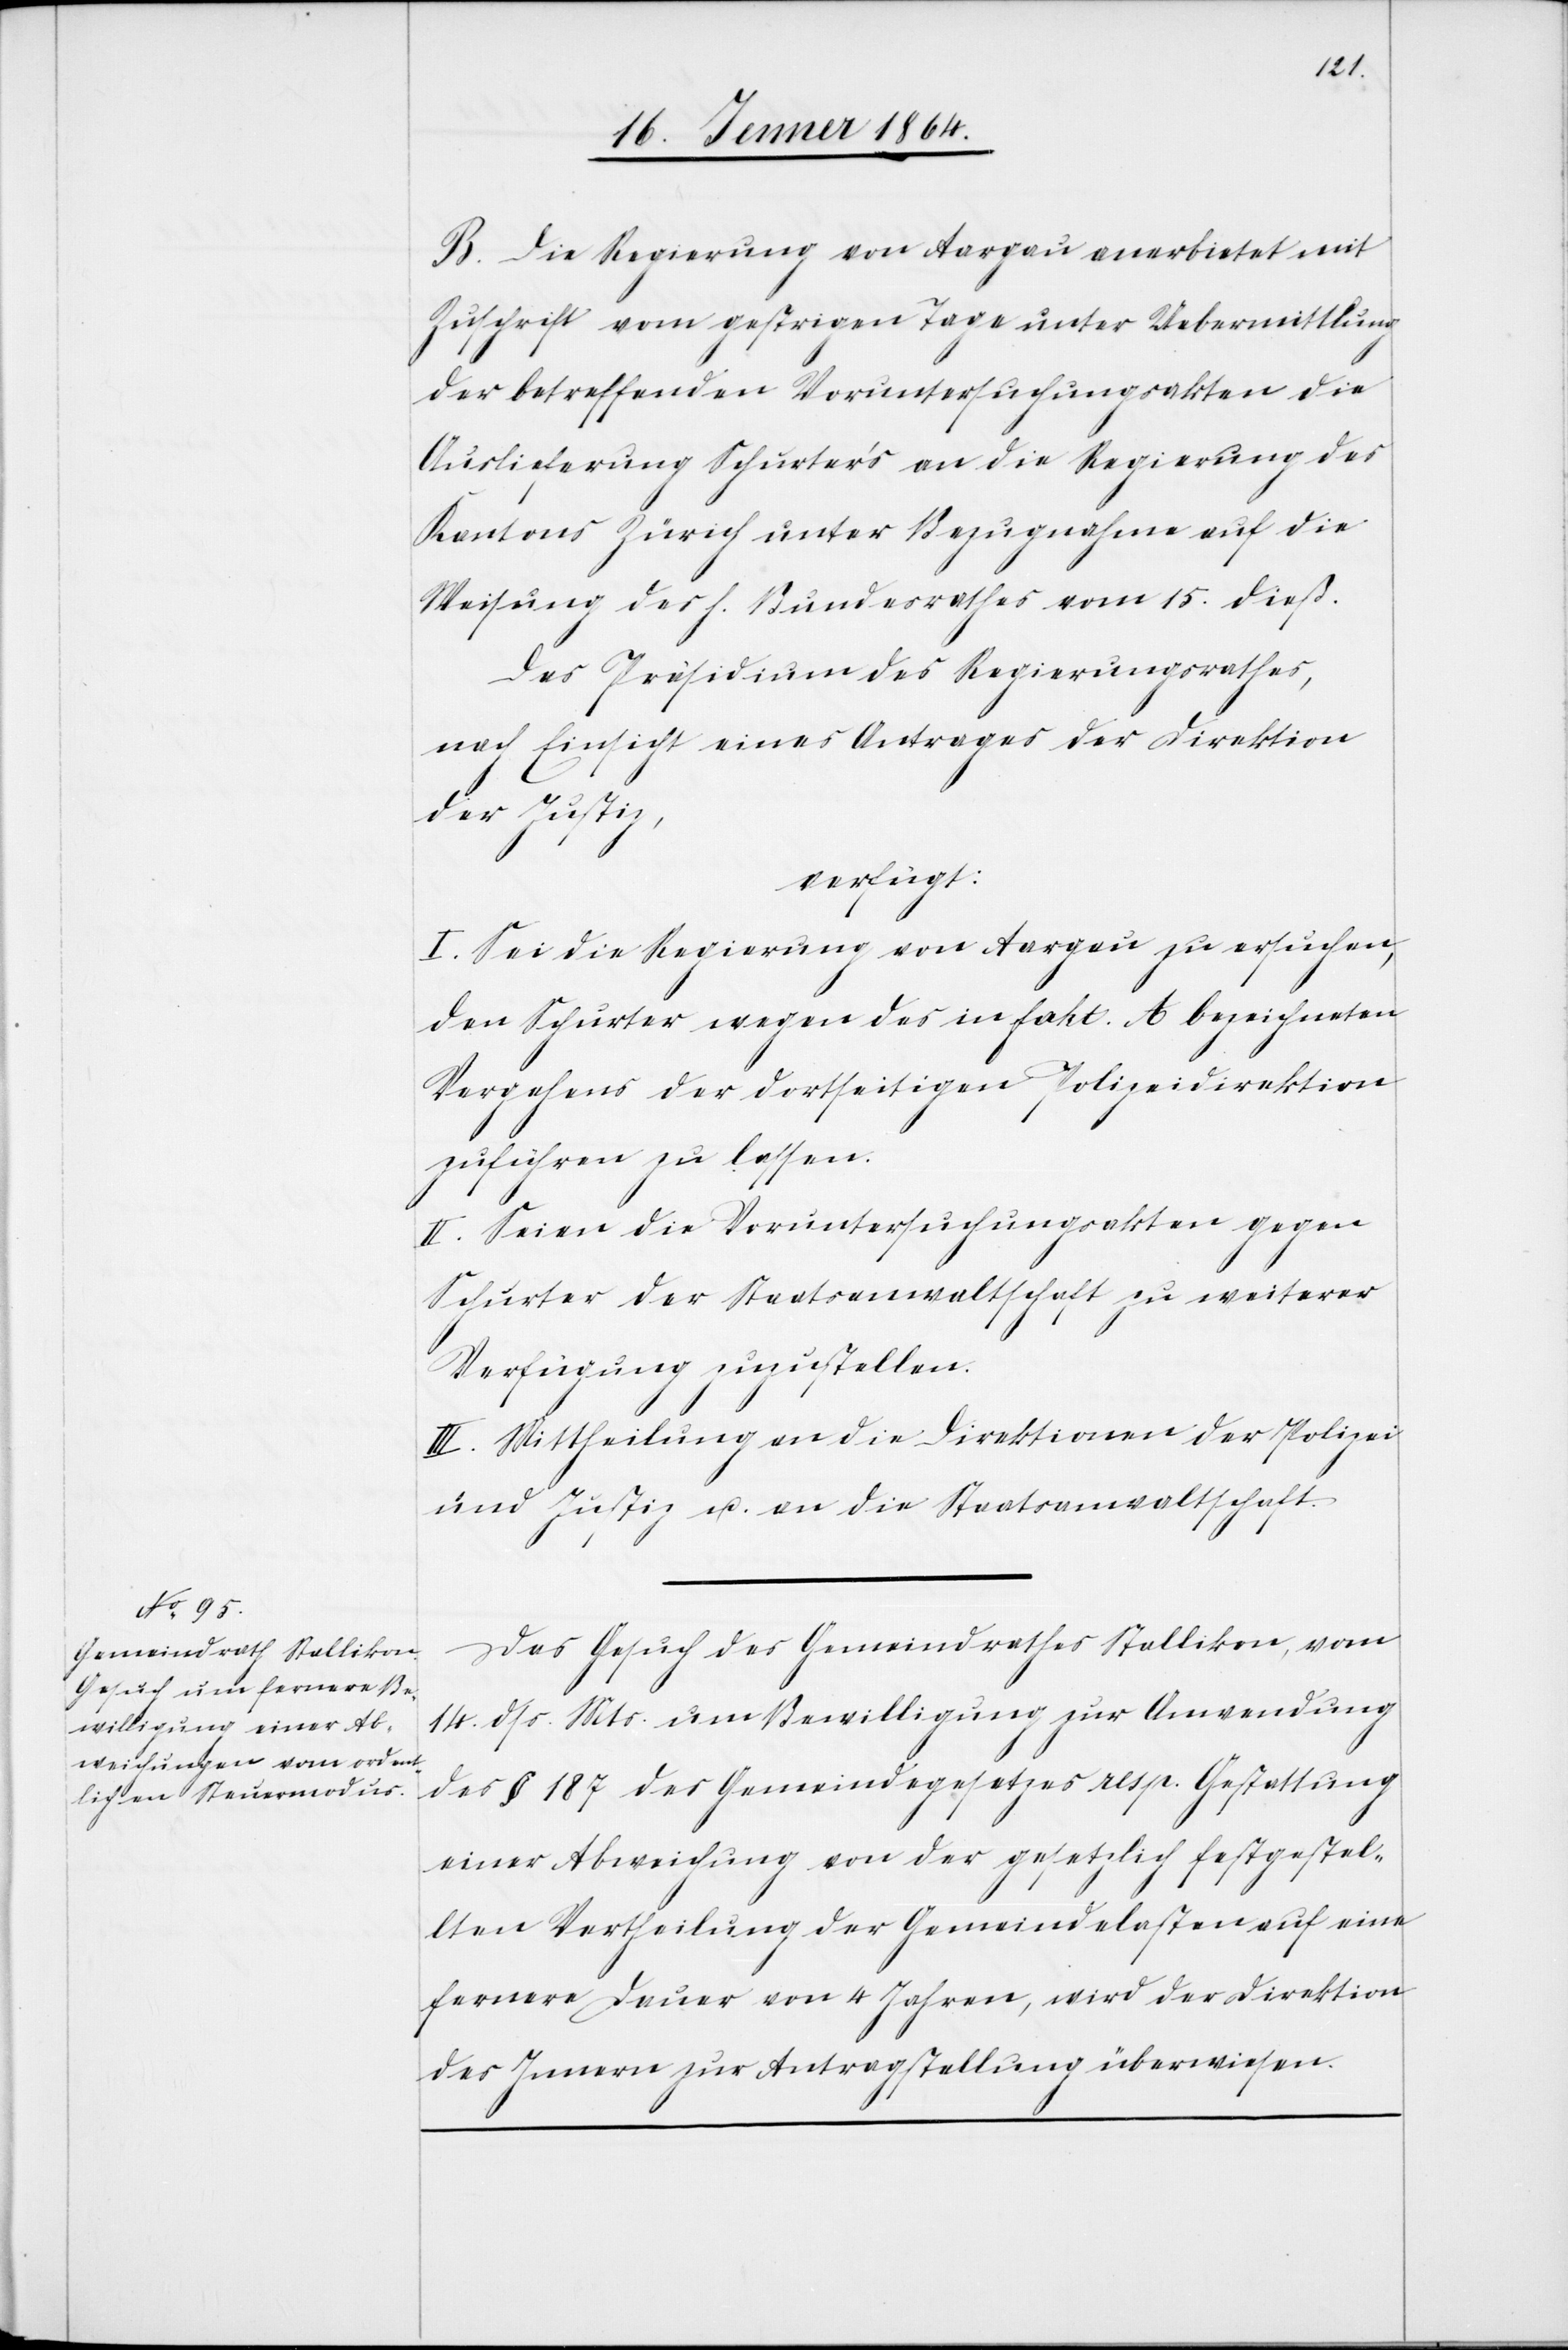
20. Jenner 1864.]
B. Die Regierung von Aargau anerbietet mit
Zuschrift vom gestrigen Tage unter Uebermittlung
der betreffenden Voruntersuchungsakten die
Auslieferung Schurters an die Regierung des
Kantons Zürich unter Bezugnahme auf die
Weisung des h. Bundesrathes vom 15. dieß.
Das Präsidium des Regierungsrathes,
nach Einsicht eines Antrages der Direktion
der Justiz,
verfügt:
I. Sei die Regierung von Aargau zu ersuchen,
den Schurter wegen des in fakt. A bezeichneten
Vergehens der dortseitigen Polizeidirektion
zuführen zu lassen.
II. Seien die Voruntersuchungsakten gegen
Schurter der Staatsanwaltschaft zu weiterer
Verfügung zuzustellen.
III. Mittheilung an die Direktion der Polizei
und Justiz u. an die Staatsanwaltschaft.
Das Gesuch des Gemeindrathes Stallikon, vom
14. dss. Mts. um Bewilligung zur Anwendung
des § 187 des Gemeindegesetzes resp. Gestattung
einer Abweichung von der gesetzlich festgestel¬
lten Vertheilung der Gemeindelasten auf eine
fernere Dauer von 4 Jahren, wird der Direktion
des Innern zur Antragstellung überwiesen.